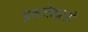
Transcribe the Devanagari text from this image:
इनजेक्टरों